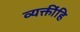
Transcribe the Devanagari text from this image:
व्यक्तींहि